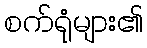
စက်ရုံများ၏